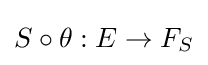
S\circ \theta :E\to F_{S}